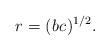
LaTeX: \begin{align*} r_{} = (b_{}c_{})^{1/2}.\end{align*}